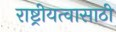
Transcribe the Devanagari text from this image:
राष्ट्रीयत्वासाठी